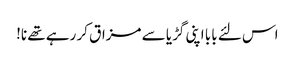
اس لئے بابا اپنی گڑیا سے مزاق کر رہے تھے نا!